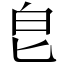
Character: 皀